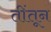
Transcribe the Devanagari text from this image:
तींतून